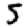
Digit: 5